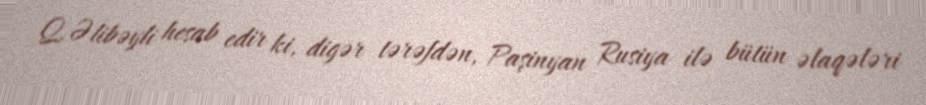
Q.Əlibəyli hesab edir ki, digər tərəfdən, Paşinyan Rusiya ilə bütün əlaqələri